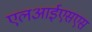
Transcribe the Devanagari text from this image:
एलआईएसएस